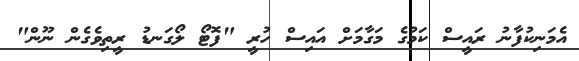
އެމަނިކުފާނު ރައީސް ކަމުގެ މަގާމަށް އައިސް ހުރީ "ފޮޓޯ ލޯގަނޑު ރީތިވެގެން ނޫން"